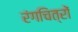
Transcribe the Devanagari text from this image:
रंगचित्रों